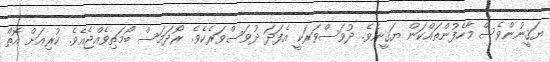
ޔަޤީނުންވެސް މާހެފުންތައްކަން ޔަޤީނެވެ. ދުވަސްވަރަކީ އެފަދަ ދުވަސްވަރެކެވެ. ރޯދަމަސް ބޯމަތިވެއްޖެއެވެ. ކުރިއަށް އޮތް